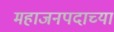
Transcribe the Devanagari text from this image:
महाजनपदाच्या